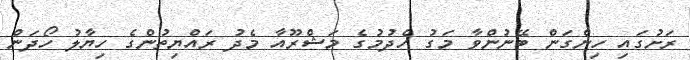
ރަށުގައި ހިންގަން ބޭނުންވާ މަގު ހެދުމުގެ މަޝްރޫއާ މެދު ރައްޔިތުންގެ ހިޔާލު ހޯދަން